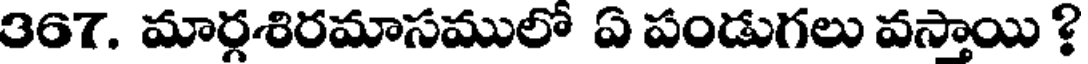
367. మార్గశిరమాసములో ఏ పండుగలు వస్తాయి ?